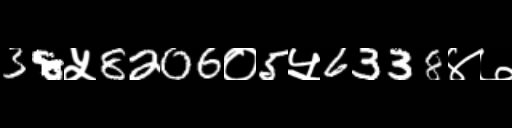
Text: 38५8206०5५6338४७